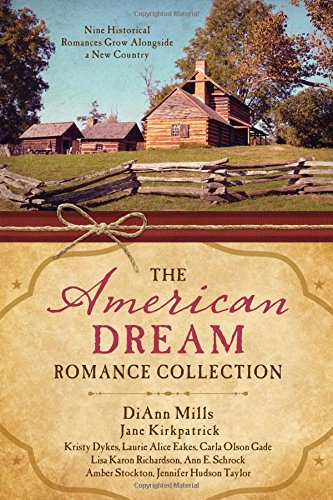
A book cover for The American Dream Romance Collection: Nine Historical Romances Grow Alongside a New Country; Kristy Dykes; Romance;